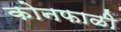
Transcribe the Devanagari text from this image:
कोनफाळी